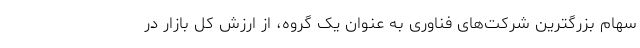
سهام بزرگترین شرکت‌های فناوری به عنوان یک گروه، از ارزش کل بازار در